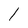
Character: l